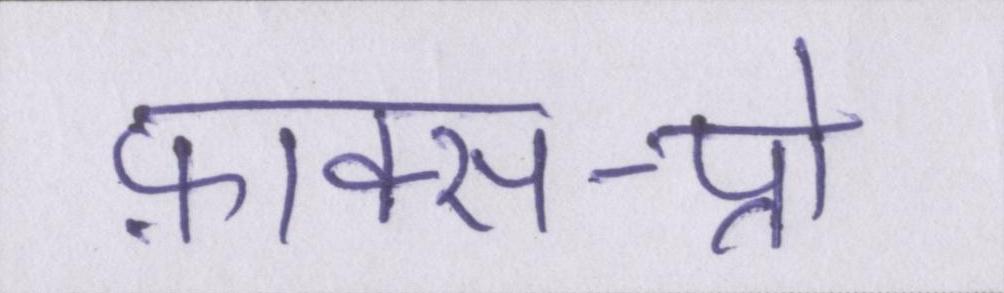
फ़ाक्स-प्रो